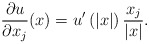
\begin{align*}\frac{\partial u}{\partial x_{j}}(x)=u^{\prime}\left( \left\vert x\right\vert\right) \frac{x_{j}}{\left\vert x\right\vert }.\end{align*}